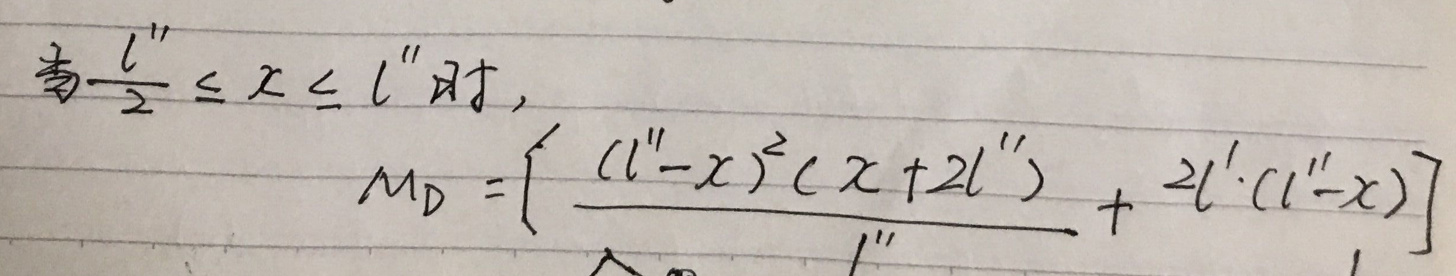
当$\frac{l''}{2} \leq x \leq l''$时，
\[
M_D = \left[\frac{(l'' - x)^2(x + 2l'')}{l''}+ 2l'(l'' - x)\right]
\]